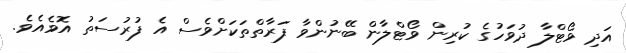
އަދި ވޯޓްލާ ދުވަހުގެ ކުރިން ވޯޓްލާން ބޭނުންވާ ފަރާތްތަކަށްވެސް އެ ފުރުސަތު އޮވެއެވެ.